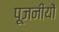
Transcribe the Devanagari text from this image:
पूजनीयों